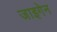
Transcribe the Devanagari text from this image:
जाइगेन